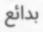
بدائع